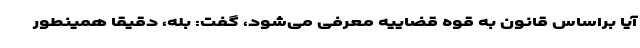
آیا براساس قانون به قوه قضاییه معرفی می‌شود، گفت: بله، دقیقا همینطور